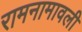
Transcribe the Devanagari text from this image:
रामनामावली